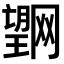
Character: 𭩌